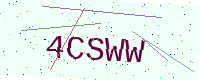
Text: 4CSWW